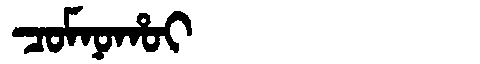
Manchu: ᠴᠣᠮᠨᠣᡥᠣᡳ
Romanization: COMNOHOI